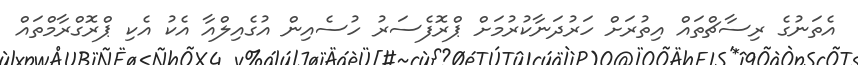
އެތަނުގެ ރިސާޗްތައް އިތުރަށް ހަރުދަނާކުރުމަށް ޕްރޮފެސަރު ހުސެއިން އުގެއިލްއާ އެކު އެކި ޕްރޮގްރާމްތައް